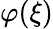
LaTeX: \varphi(\xi)